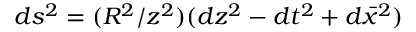
d s ^ { 2 } = ( R ^ { 2 } / z ^ { 2 } ) ( d z ^ { 2 } - d t ^ { 2 } + d \bar { x } ^ { 2 } )